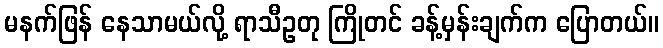
မနက်ဖြန် နေသာမယ်လို့ ရာသီဥတု ကြိုတင် ခန့်မှန်းချက်က ပြောတယ်။